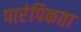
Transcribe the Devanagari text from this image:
पारंपिकता